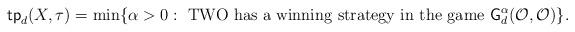
LaTeX: \begin{align*} \textsf{tp}_d(X,\tau) = \min\{\alpha>0: \mbox{ TWO has a winning strategy in the game }\textsf{G}^{\alpha}_d(\mathcal{O},\mathcal{O})\}.\end{align*}